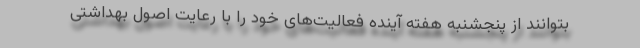
بتوانند از پنجشنبه هفته آینده فعالیت‌های خود را با رعایت اصول بهداشتی